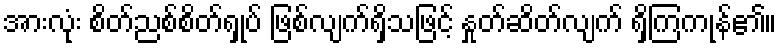
အားလုံး စိတ်ညစ်စိတ်ရှုပ် ဖြစ်လျက်ရှိသဖြင့် နှုတ်ဆိတ်လျက် ရှိကြကုန်၏။